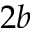
2 b